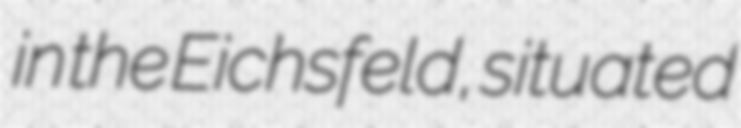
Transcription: in the Eichsfeld, situated